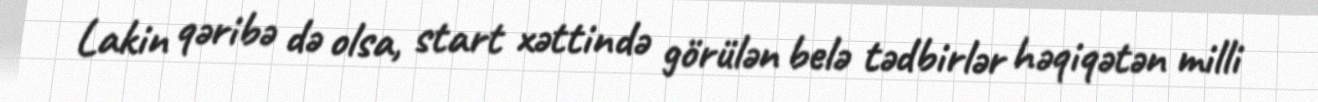
Lakin qəribə də olsa, start xəttində görülən belə tədbirlər həqiqətən milli